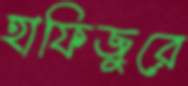
হাফিজুরে